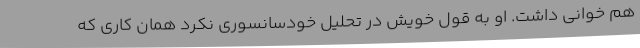
هم خوانی داشت. او به قول خویش در تحلیل خودسانسوری نکرد همان کاری که